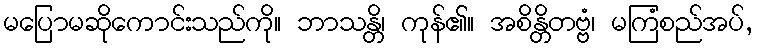
မပြောမဆိုကောင်းသည်ကို။ ဘာသန္တိ၊ ကုန်၏။ အစိန္တိတဗ္ဗံ၊ မကြံစည်အပ်,